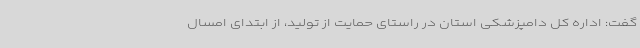
گفت: اداره کل دامپزشکی استان در راستای حمایت از تولید، از ابتدای امسال